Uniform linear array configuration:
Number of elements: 8
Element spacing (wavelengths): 1
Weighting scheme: exponential
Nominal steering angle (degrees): -30
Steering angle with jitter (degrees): -31.084
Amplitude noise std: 0.05
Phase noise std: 0.05

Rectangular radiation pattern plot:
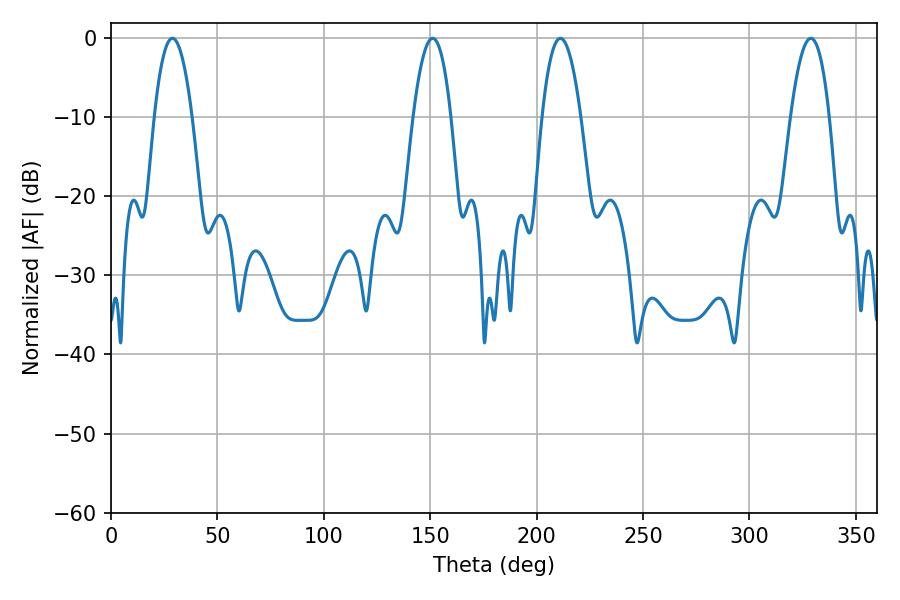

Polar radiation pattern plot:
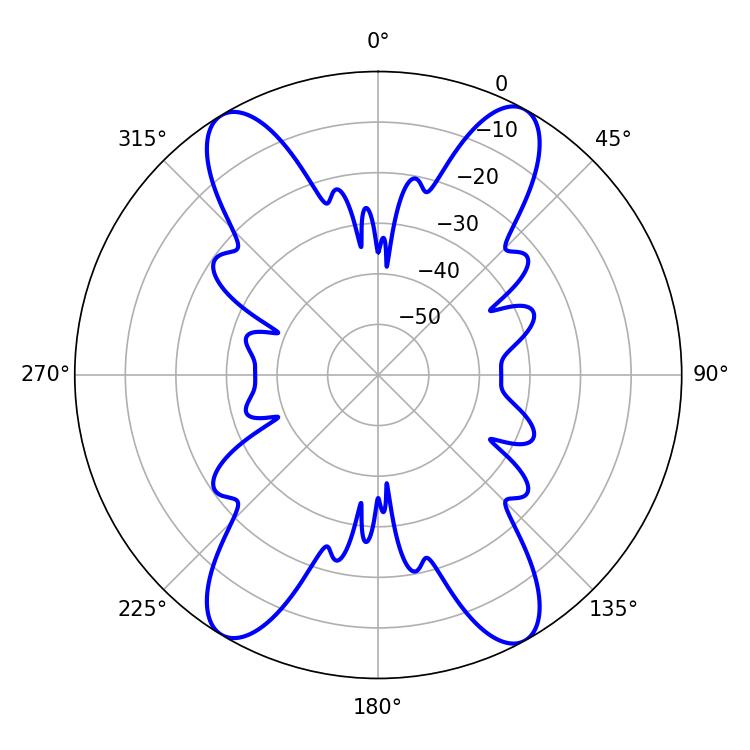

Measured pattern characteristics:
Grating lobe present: TRUE
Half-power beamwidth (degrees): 10.08
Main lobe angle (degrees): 211.14